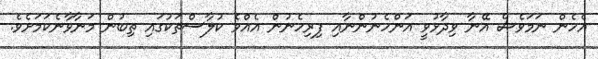
އެހެން ނަމަވެސް އޭނާ ވިދާޅުވީ އަންހެނުންނާއި ފިރިހެނުން އެއްވެ ކުލާސްތަކުގައި ތިބުން މަނާވާނެކަމަށެވެ.